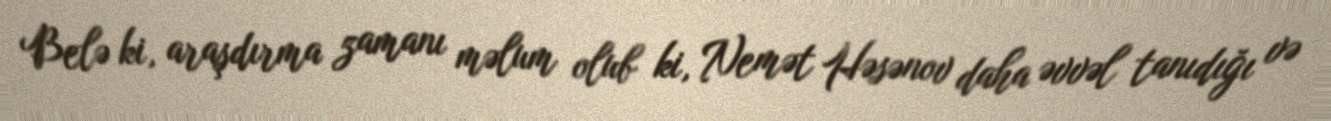
Belə ki, araşdırma zamanı məlum olub ki, Nemət Həsənov daha əvvəl tanıdığı və